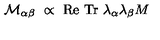
{ \cal M } _ { \alpha \beta } \ \propto \ \mathrm { R e \ T r } \ \lambda _ { \alpha } \lambda _ { \beta } M